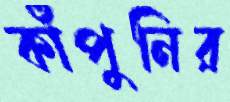
কাঁপুনির